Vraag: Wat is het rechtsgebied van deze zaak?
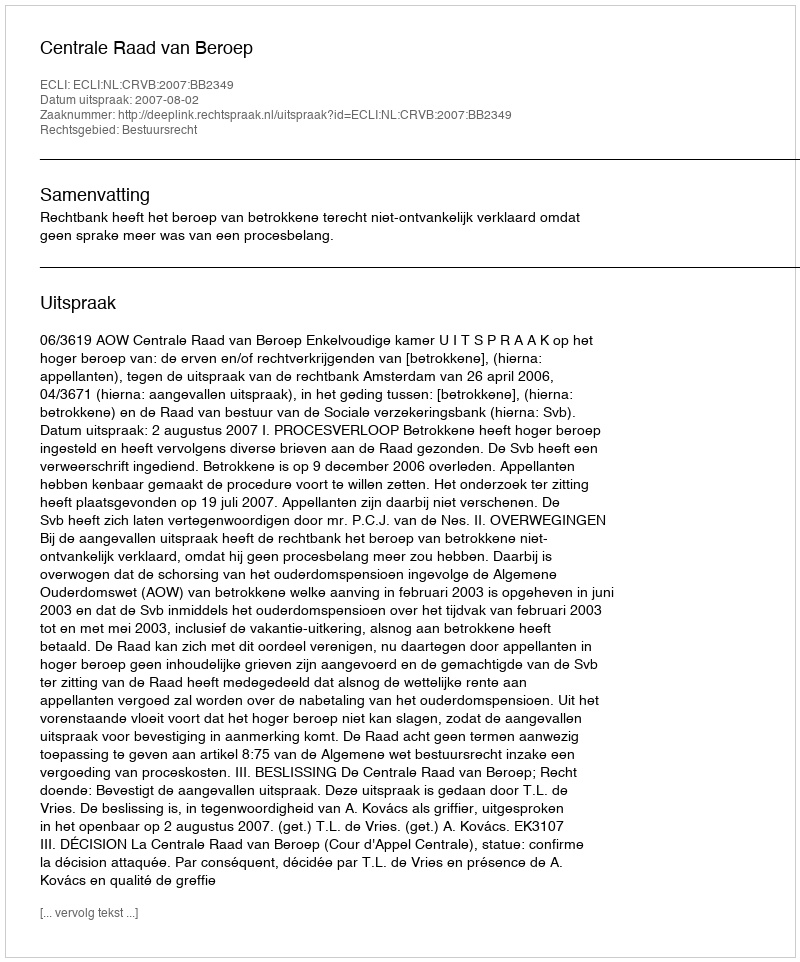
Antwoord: Bestuursrecht